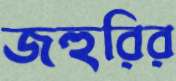
জহুরির